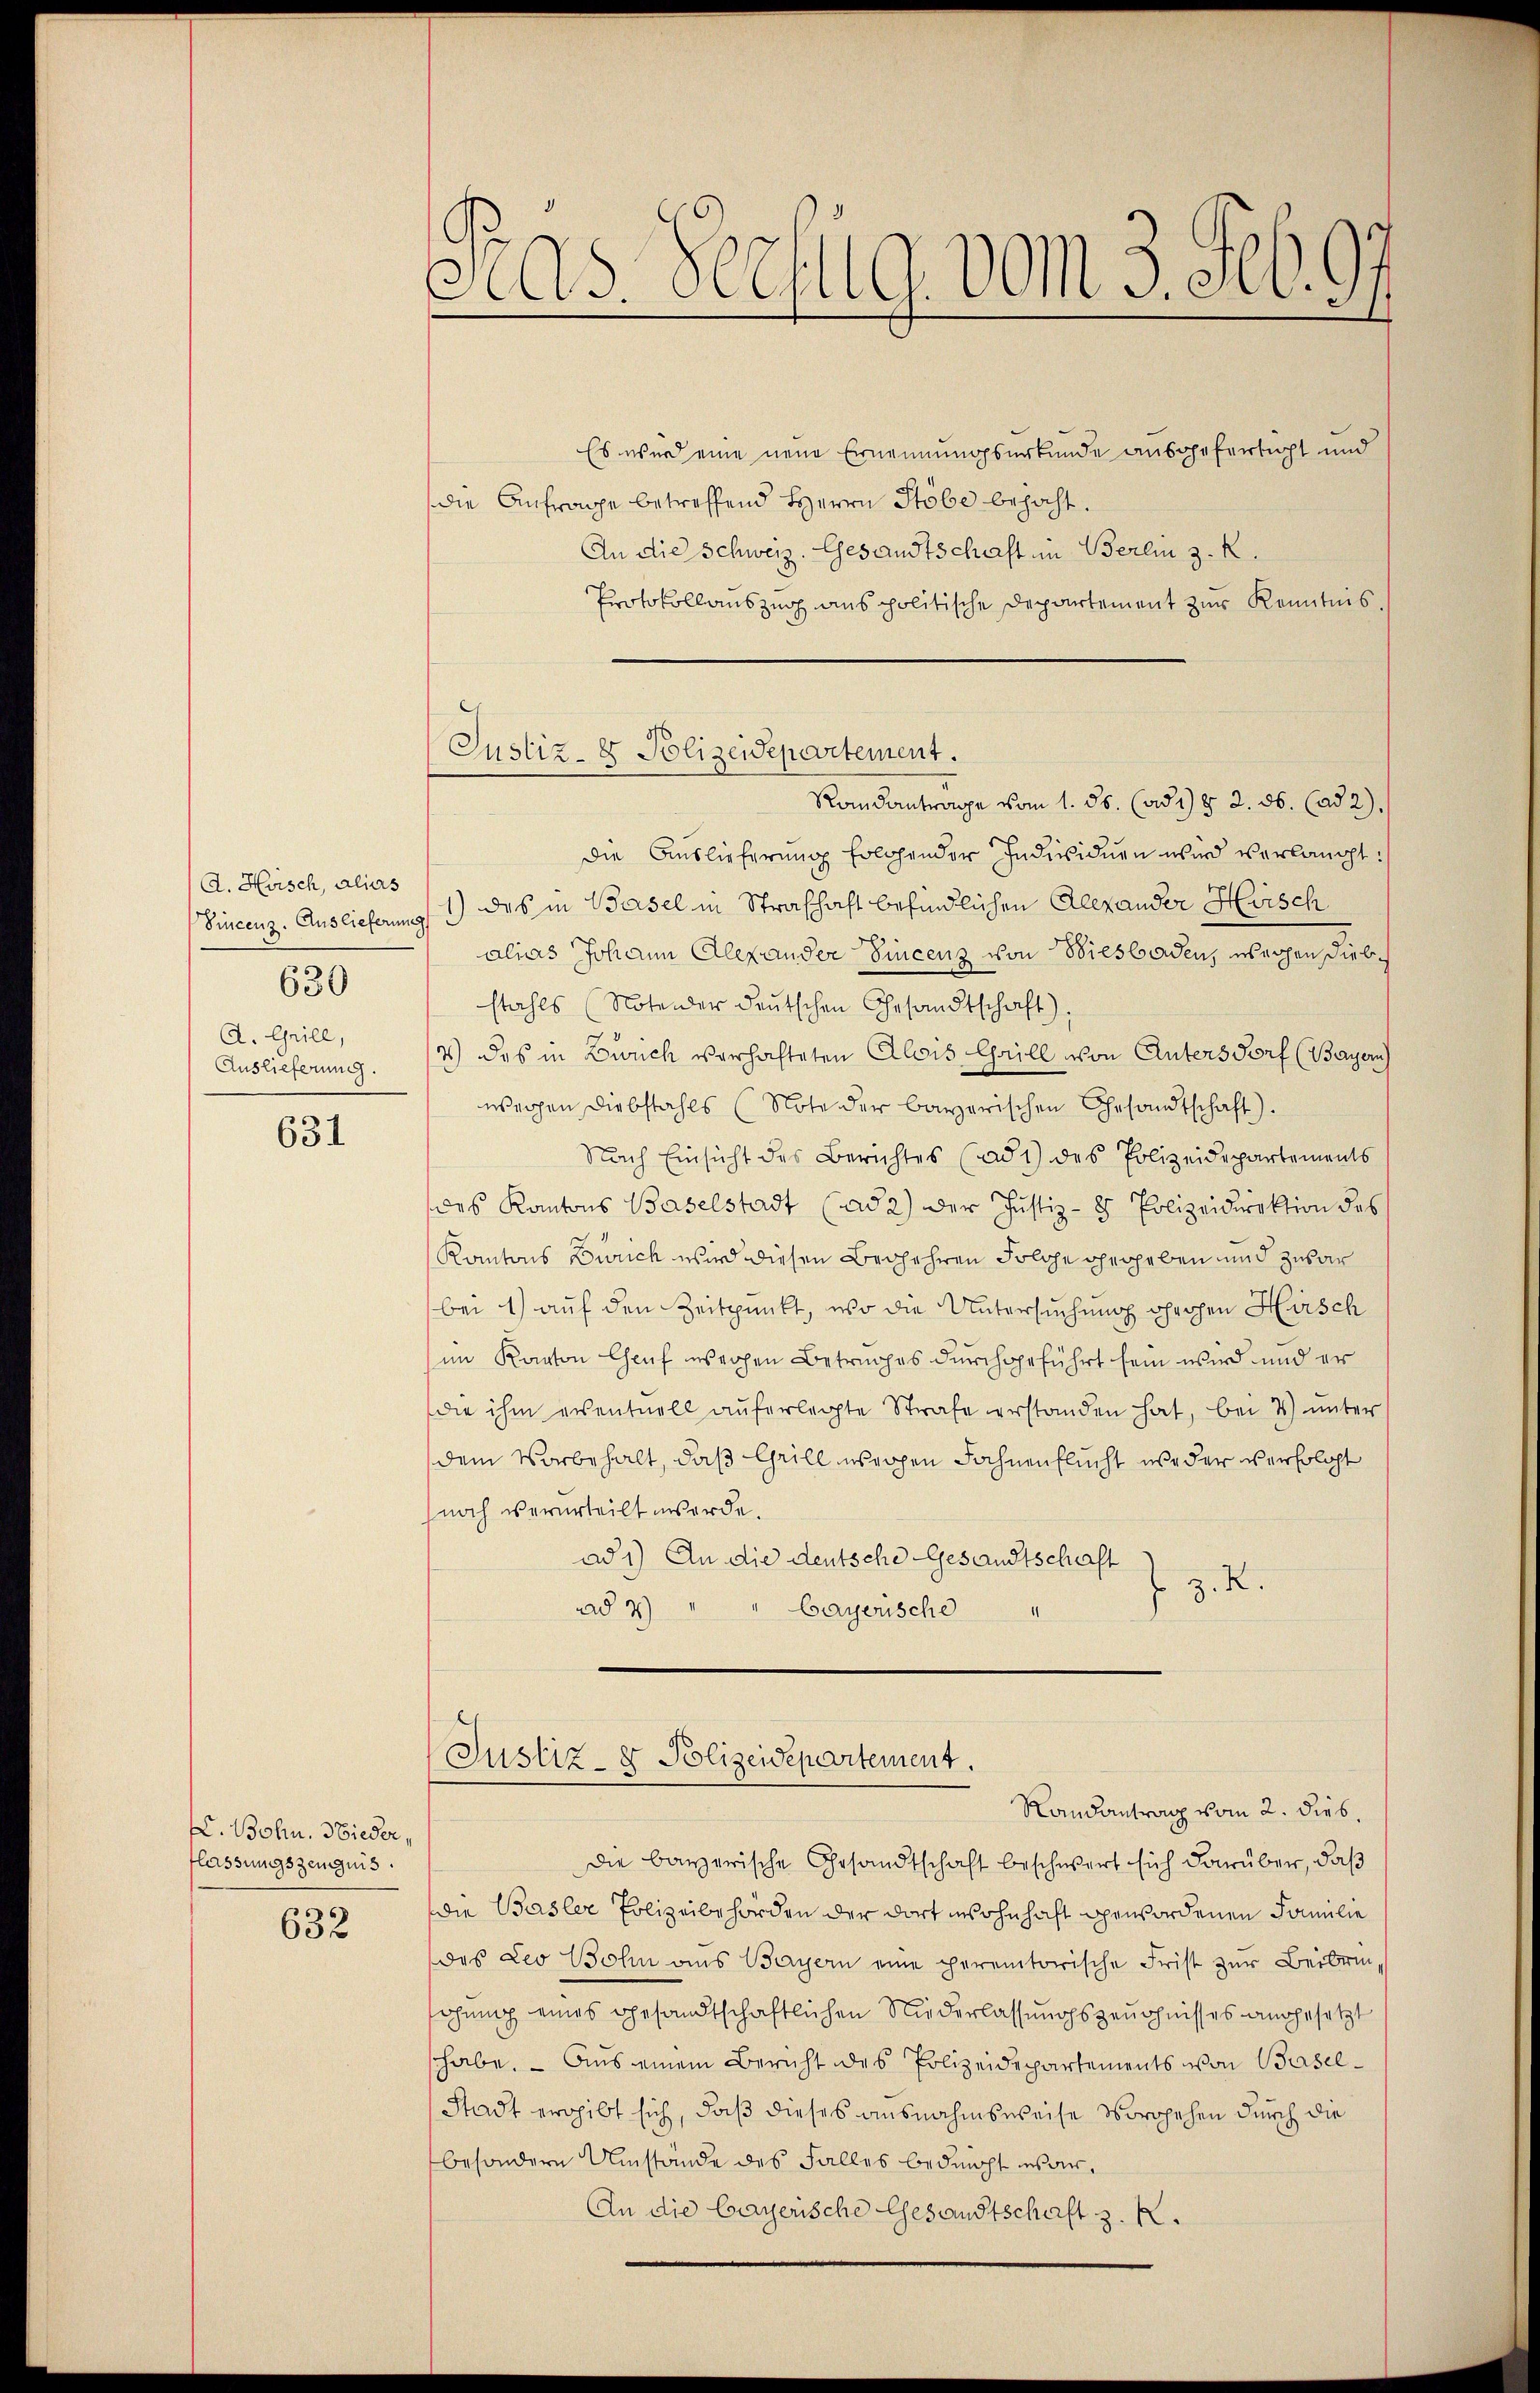
d. Hoisch, alias
A. Grill,
Auslieferung.

630

631

. Bohn. Nieder,
lassungszeugnis.

632

Ras Sechung vom 3. Feb. 97.

Justiz- & Polizeidepartement.

Es wird eine neue Ernennungsurkunde ausgefertigt und
die Anfrage betreffend Herrn Probe bejaht.
An die Schweiz. Gesandtschaft in Berlin 3. K.
Protokollauszug aus politische Departement zur Kenntnis.
Randantrage vom 1. ds. (ad 1) § 2. ds. (ad 2).
die Auslieferung solchender Individuen wird verlangt:
Vincenz. Auslieferung 1) das in Basel in Strafhaft befindlichen Alexander Hirsch
alias Johann Alexander Vincenz von Biesbaden, weihen Diebs
stahls (Notender deutschen Gesandtschaft),
4) des in Zürich verhafteten Alois Chrill von Untersdorf (Bayern
wegen Diebstahls (Note der bayerischen Gesandtschaft).
Nach Einsicht des Berichtes (ad 1) des Polizeidepartements
des Kantons Baselstadt (ad 2.) Der Justiz- & Polizeidirektion des
Kantons Zürich wird diesen Begehren solche gegeben und zusar
bei 1) auf den Zeitpunkt, wo die Untersuchung gehen Hirsch
im Kanton Chauf weihen Betruges durchgeführt sein wird und er
die ihm erventuell aŭferlegte Strafe erstanden hat, bei u ŭnter
dem Vorbehalt, daß Grill isrohen Fahnenflucht weder verfolgt
noch verurteilt werde.
ad 1) An die deutsche Gesandtschaft
J. J. K.
ad 2) " " Cayerische
d
Justiz- & Polizeidepartement.
Randantrag vom 2. dies.
die bayerische Gesandtschaft beschwert sich darüber, daß
die Basler Polizeibehörden der dort wohnhaft gewordenen Familie
des Leo Wohn aus Bayern eine peremtorische Frist zur Beibrinohung eines gesandtschaftlichen Niederlassungszeugnisses angesetzt
shabe. - Aus einem Bericht des Polizeidepartements von Basel¬
Stadt ergibt sich, daß dieses ausnahmsweise Vorgehen durch die
besondere Umstände des Falles bedurcht war.
An die bayerische Gesandtschaft z. R.